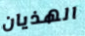
الهذيان